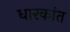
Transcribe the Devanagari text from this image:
धारकांत